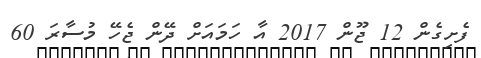
ފެށިގެން 12 ޖޫން 2017 އާ ހަމައަށް ދޭން ޖެހޭ މުސާރަ 60